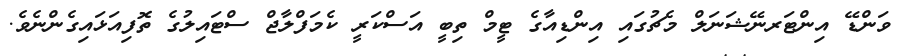
ވަންޑޭ އިންޓަރނޭޝަނަލް މެޗުގައި އިންޑިއާގެ ޓީމް ތިބީ އަސްކަރީ ކެމަފްލާޖް ސްޓައިލުގެ ތޮފިއަޅައިގެންނެވެ.